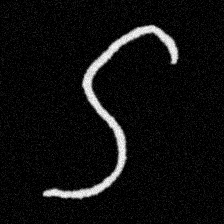
Pyu character \u2014 Myanmar letter: ဌ (romanized: ttha)